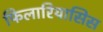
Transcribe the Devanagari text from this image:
फिलारियासिस